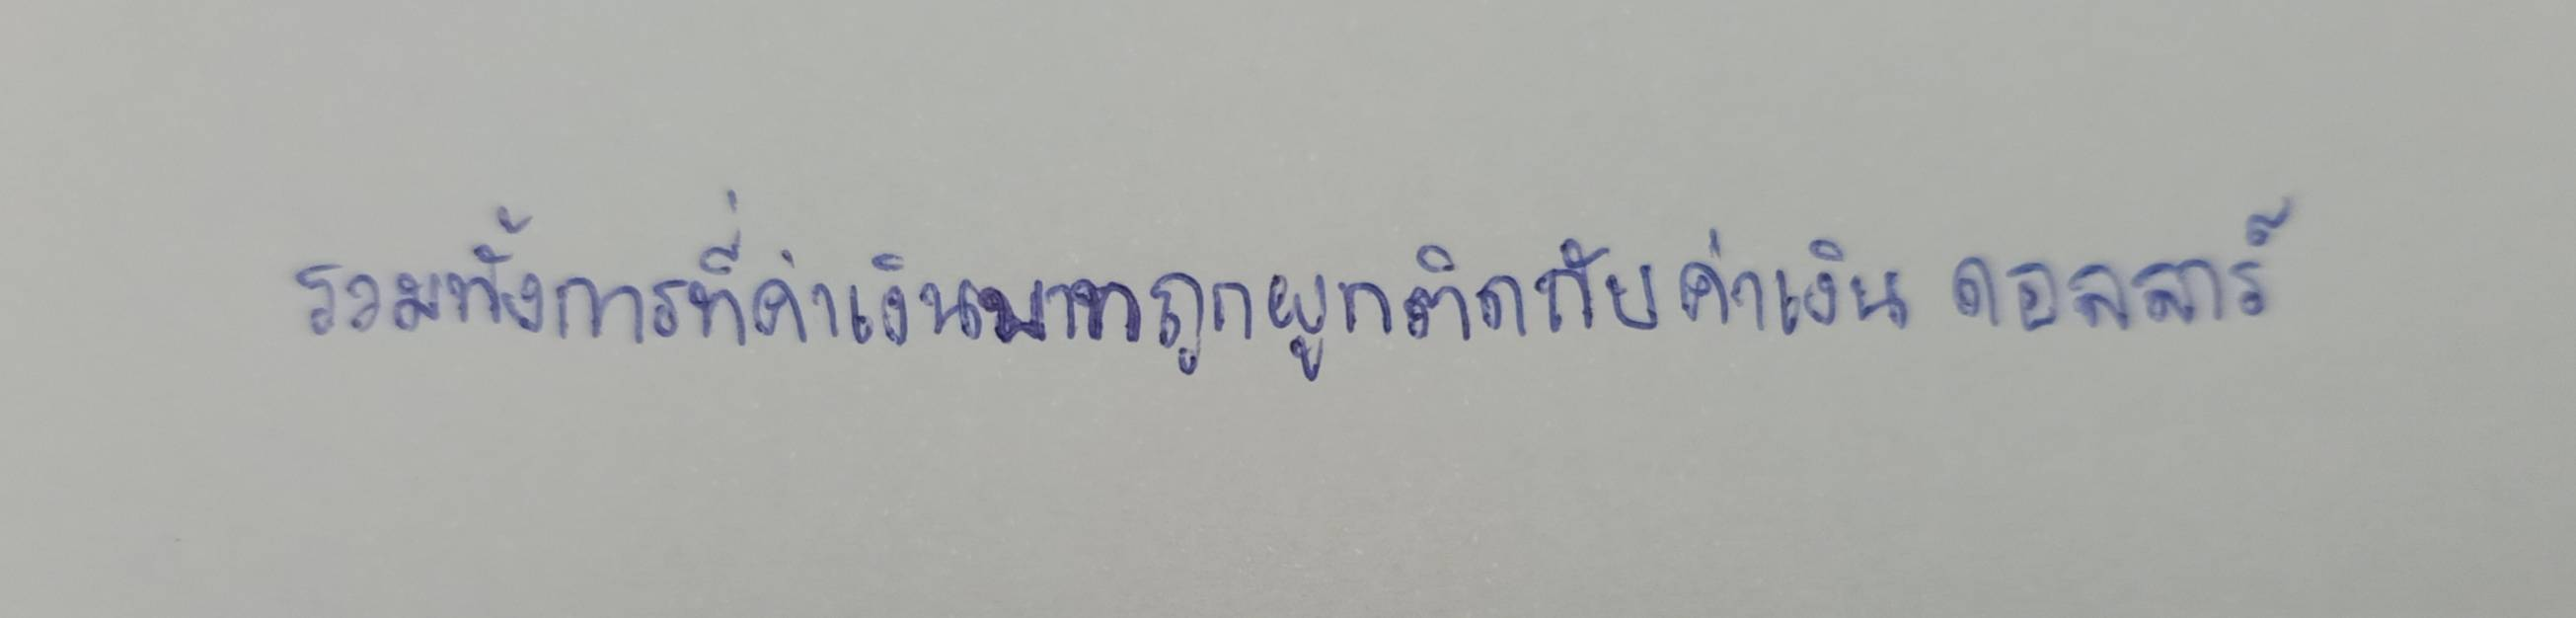
รวมทั้งการที่ค่าเงินบาทถูกผูกติดกับค่าเงินดอลลาร์